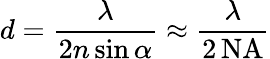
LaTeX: d={\frac{\lambda}{2n\sin\alpha}}\approx{\frac{\lambda}{2\, {\textrm{NA}}}}